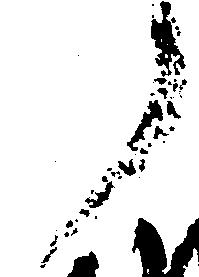
了